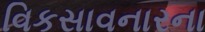
વિકસાવનારના